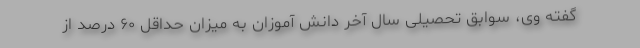
گفته وی، سوابق تحصیلی سال آخر دانش آموزان به میزان حداقل ۶۰ درصد از